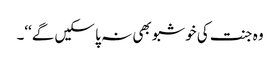
وہ جنت کی خوشبو بھی نہ پا سکیں گے‘‘۔